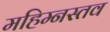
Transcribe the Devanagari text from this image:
महिम्नस्तव